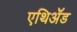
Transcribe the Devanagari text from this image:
एथिॲड